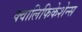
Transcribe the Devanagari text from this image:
क्वालिफिकेशेन्स